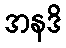
အနဒိ